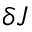
\delta J